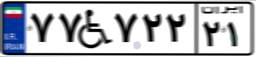
۷۷W۷۲۲۲۱